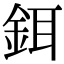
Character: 鉺